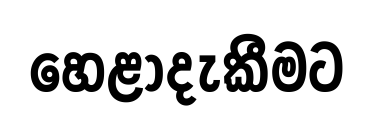
හෙළාදැකීමට